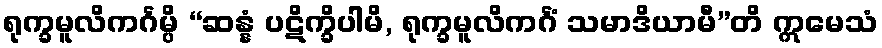
ရုက္ခမူလိကင်္ဂမ္ပိ “ဆန္နံ ပဋိက္ခိပါမိ, ရုက္ခမူလိကင်္ဂံ သမာဒိယာမီ”တိ ဣမေသံ